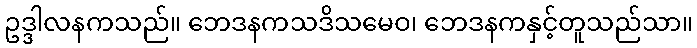
ဥဒ္ဒါလနကသည်။ ဘေဒနကသဒိသမေဝ၊ ဘေဒနကနှင့်တူသည်သာ။